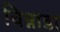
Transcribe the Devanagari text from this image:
चिन्नाडा